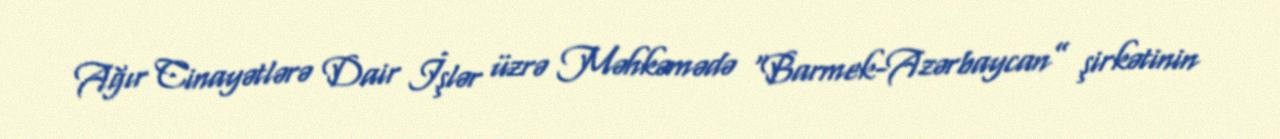
Ağır Cinayətlərə Dair İşlər üzrə Məhkəmədə “Barmek-Azərbaycan” şirkətinin